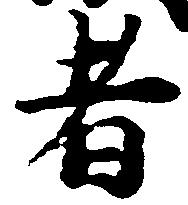
者